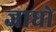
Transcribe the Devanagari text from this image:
जाधो